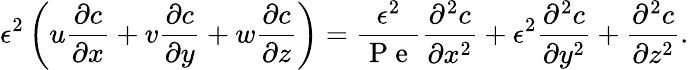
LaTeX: \epsilon^{2}\left(u\frac{\partial c}{\partial x}+v\frac{\partial c}{\partial y}+w\frac{\partial c}{\partial z}\right)=\frac{\epsilon^{2}}{\mathrm{~P~e~}}\frac{\partial^{2}c}{\partial x^{2}}+\epsilon^{2}\frac{\partial^{2}c}{\partial y^{2}}+\frac{\partial^{2}c}{\partial z^{2}}.